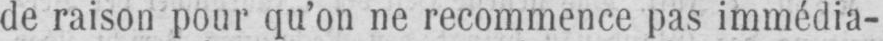
de raison pour qu’on ne recommence pas immédia-